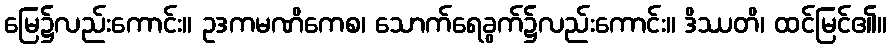
မြေ၌လည်းကောင်း။ ဥဒကမဏိကေစ၊ သောက်ရေခွက်၌လည်းကောင်း။ ဒိဿတိ၊ ထင်မြင်၏။